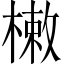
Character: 𣙙